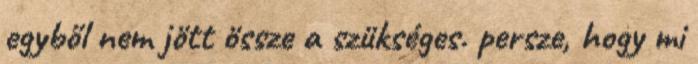
egyből nem jött össze a szükséges. persze, hogy mi